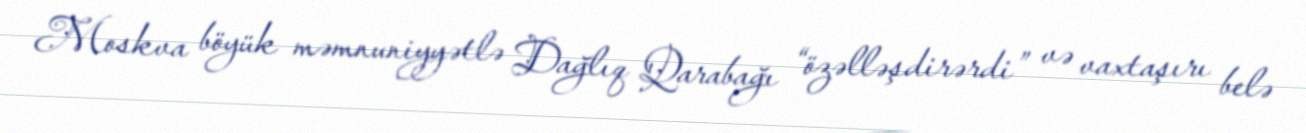
Moskva böyük məmnuniyyətlə Dağlıq Qarabağı “özəlləşdirərdi” və vaxtaşırı belə